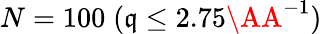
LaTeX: N=100\; (\mathfrak{q}\leq2.75\AA^{-1})